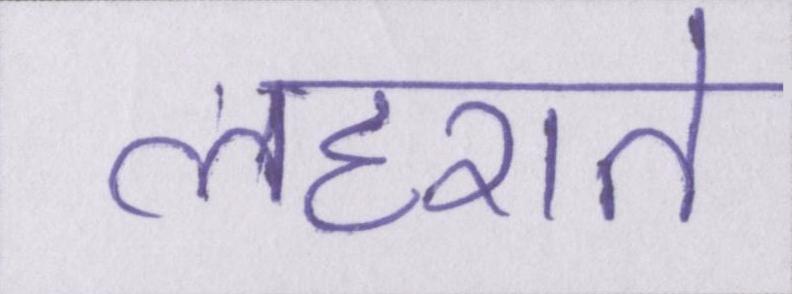
लहराते